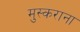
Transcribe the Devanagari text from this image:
मुस्कराना